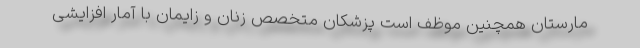
مارستان همچنین موظف است پزشکان متخصص زنان و زایمان با آمار افزایشی